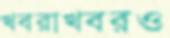
খবরাখবরও